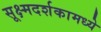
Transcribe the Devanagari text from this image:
सूक्ष्मदर्शकामध्ये